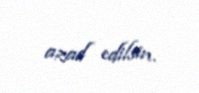
azad edilsin.